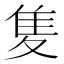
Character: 𨾏